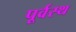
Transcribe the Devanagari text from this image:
पूर्वस्थ